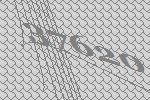
37620